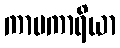
ကာမကာရိယာ